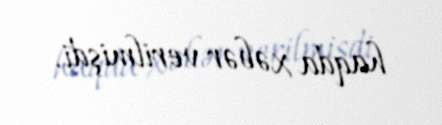
haqda xəbər verilmişdi.